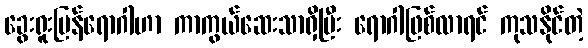
ခွေးရူးပြန်ရောဂါဟာ ကာကွယ်ဆေးသာရှိပြီး ရောဂါဖြစ်လာရင် ကုသနိုင်တဲ့